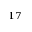
^ { 1 7 }